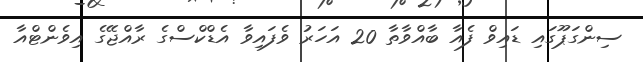
ސިންގަޕޫގައި ޑައިވް ފެއާ ބާއްވާތާ 20 އަހަރު ވެފައިވާ އެޑްކްސްގެ ރާއްޖޭގެ އިވެންޓްއާ